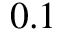
0 . 1